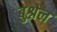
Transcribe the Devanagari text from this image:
बुश्नेल